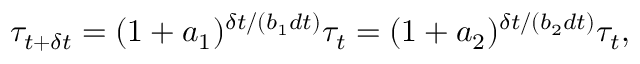
\tau _ { t + \delta t } = ( 1 + a _ { 1 } ) ^ { \delta t / ( b _ { 1 } d t ) } \tau _ { t } = ( 1 + a _ { 2 } ) ^ { \delta t / ( b _ { 2 } d t ) } \tau _ { t } ,